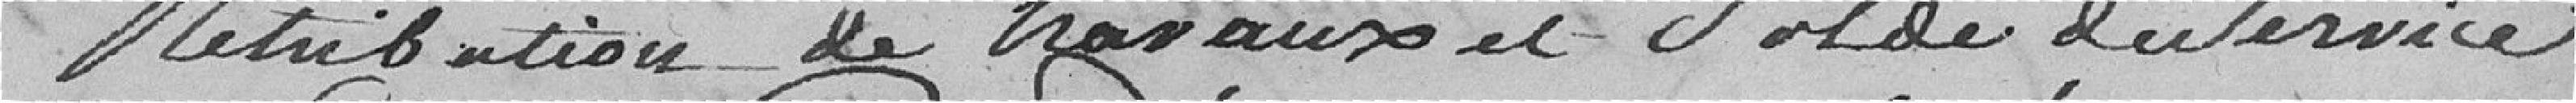
rétribution de travaux et solde du service